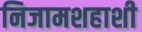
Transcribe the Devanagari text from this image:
निजामशहाशी